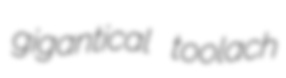
gigantical toolach